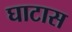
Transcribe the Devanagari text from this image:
घाटास